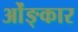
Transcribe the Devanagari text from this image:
ओंङ्कार